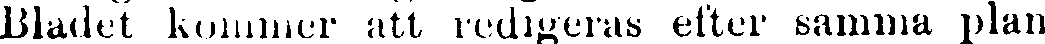
Bladet kommer att redigeras efter samma plan